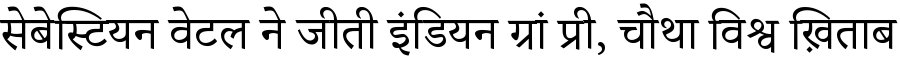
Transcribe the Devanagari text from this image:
सेबेस्टियन वेटल ने जीती इंडियन ग्रां प्री, चौथा विश्व ख़िताब